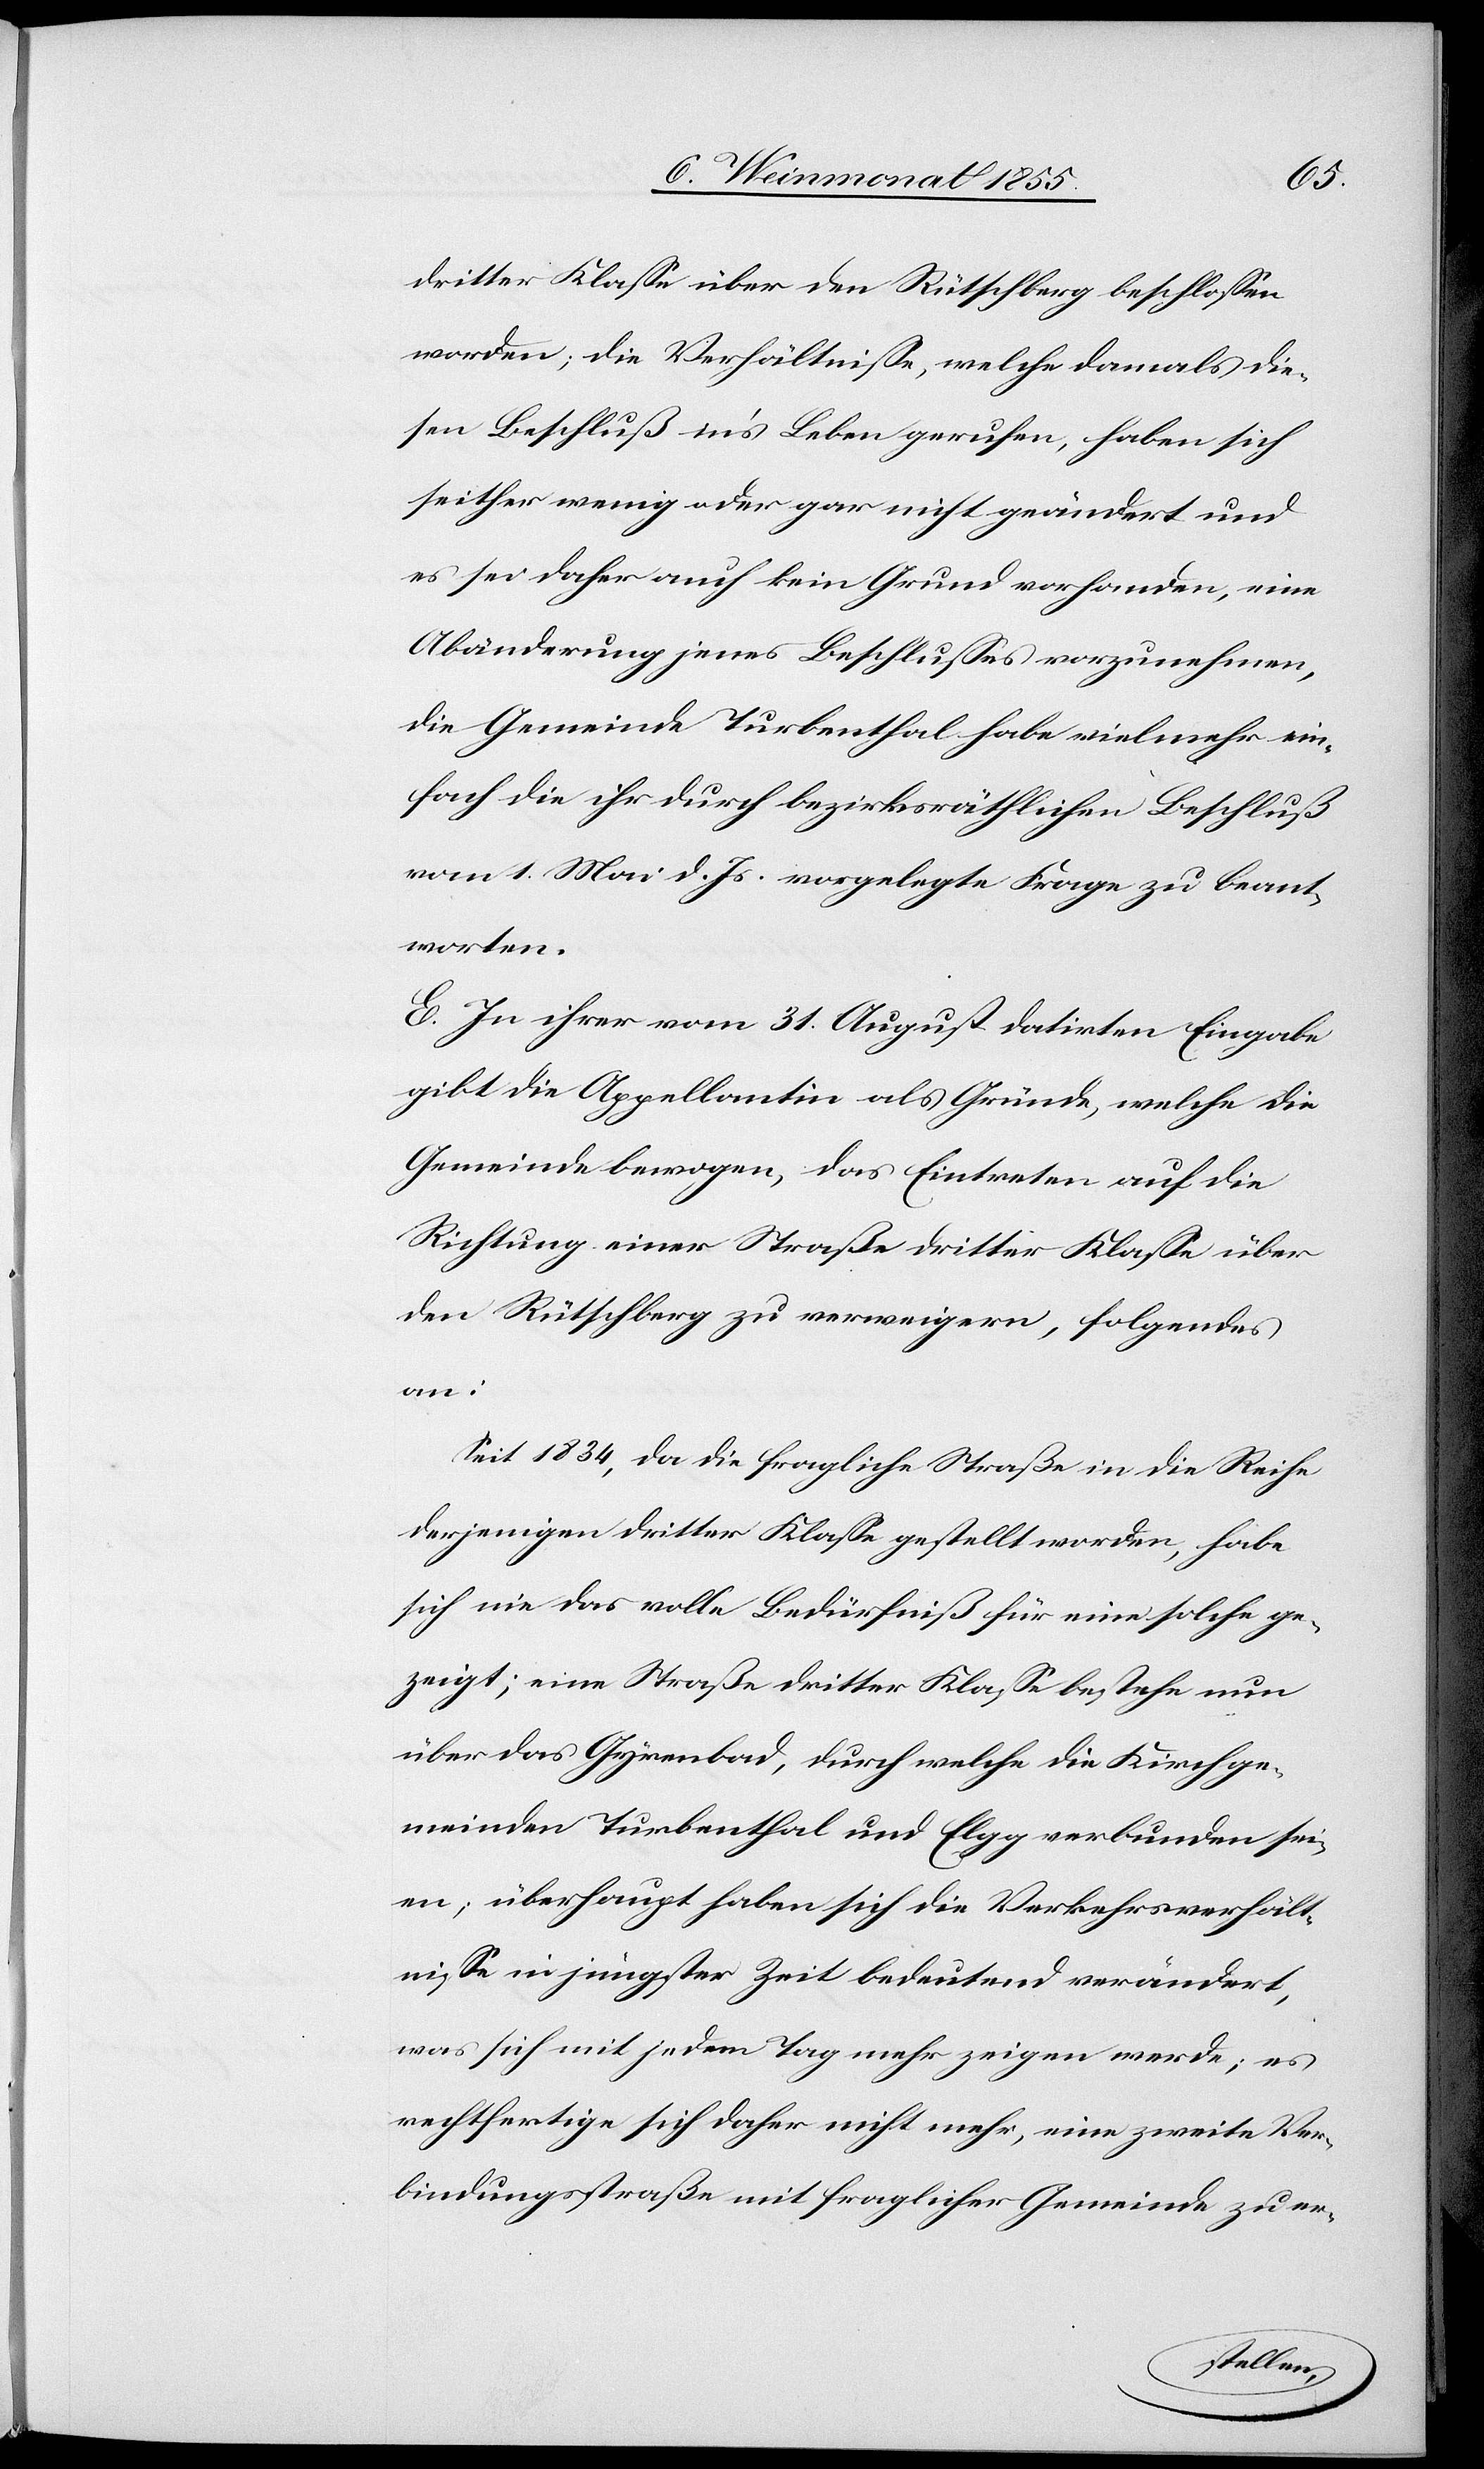
dritter Klasse über den Rütschberg beschlossen
worden; die Verhältnisse, welche damals die¬
sen Beschluß in’s Leben gerufen, haben sich
seither wenig oder gar nicht geändert und
es sei daher auch kein Grund vorhanden, eine
Abänderung jenes Beschlusses vorzunehmen,
die Gemeinde Turbenthal habe vielmehr ein¬
fach die ihr durch bezirksräthlichen Beschluß
vom 1. Mai d. Js. vorgelegte Frage zu beant¬
worten.
E. In ihrer vom 31. August datirten Eingabe
gibt die Appellantin als Gründe, welche die
Gemeinde bewogen, das Eintreten auf die
Richtung einer Straße dritter Klasse über
den Rütschberg zu verweigern, folgendes
an:
Seit 1834, da die fragliche Straße in die Reihe
derjenigen dritter Klasse gestellt worden, habe
sich nie das volle Bedürfniß für eine solche ge¬
zeigt; eine Straße dritter Klasse bestehe nun
über das Gyrenbad, durch welche die Kirchge¬
meinden Turbenthal und Elgg verbunden sei¬
en; überhaupt haben sich die Verkehrsverhält¬
nisse in jüngster Zeit bedeutend verändert,
was sich mit jedem Tag mehr zeigen werde; es
rechtfertige sich daher nicht mehr, eine zweite Ver¬
bindungsstraße mit fraglicher Gemeinde zu er-